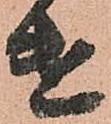
遣